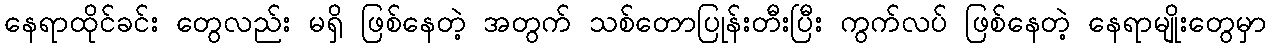
နေရာထိုင်ခင်း တွေလည်း မရှိ ဖြစ်နေတဲ့ အတွက် သစ်တောပြုန်းတီးပြီး ကွက်လပ် ဖြစ်နေတဲ့ နေရာမျိုးတွေမှာ